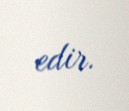
edir.